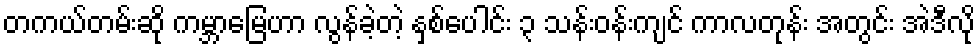
တကယ်တမ်းဆို ကမ္ဘာမြေဟာ လွန်ခဲ့တဲ့ နှစ်ပေါင်း ၃ သန်းဝန်းကျင် ကာလတုန်း အတွင်း အဲဒီလို